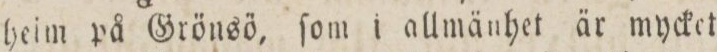
heim på Grönsö, ſom i allmänhet är mycket